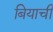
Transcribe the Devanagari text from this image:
बियाची